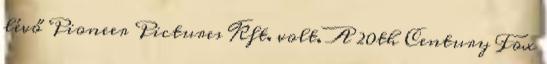
lévő Pioneer Pictures Kft. volt. A 20th Century Fox